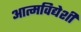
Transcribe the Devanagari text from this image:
आत्मविद्येशी